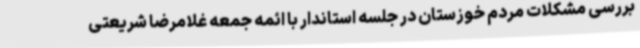
بررسی مشکلات مردم خوزستان در جلسه استاندار با ائمه جمعه غلامرضا شریعتی